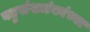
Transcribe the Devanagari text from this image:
बहुसंख्यांकांच्या